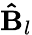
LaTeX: \mathbf{\hat{B}}_{l}